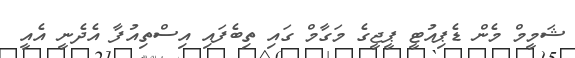
ޝަމީމް މެން ޑެޕިއުޓީ ޕީޖީގެ މަގާމް ގައި ތިބެފައި އިސްތިއުފާ އެދެނީ އެއީ